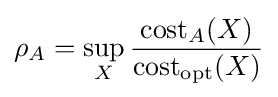
\rho _{A}=\sup _{X}{\frac {\mathrm {cost} _{A}(X)}{\mathrm {cost} _{\mathrm {opt} }(X)}}